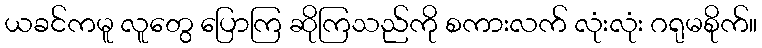
ယခင်ကမူ လူတွေ ပြောကြ ဆိုကြသည်ကို စကားလက် လုံးလုံး ဂရုမစိုက်။